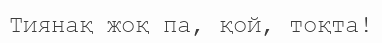
Тиянақ жоқ па, қой, тоқта!